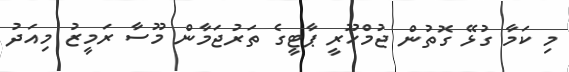
މި ކަމާ ގުޅޭ ގޮތުން ޖުމްހޫރީ ޕާޓީގެ ތަރުޖަމާން މޫސާ ރަމީޒު މިއަދު